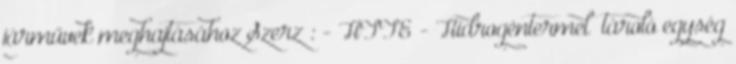
járművek meghajtásához Szerzı: - HTTE - Hidrogéntermelı tároló egység